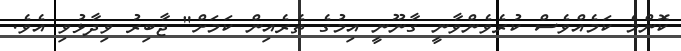
ކޮންމެ ކަމެއްވެސް ކުރެވެންވާނީ ގާނޫނީ އިމުގެ ތެރެއިން ކަމަށް" ޖާބިރު ވިދާޅުވި އެވެ.